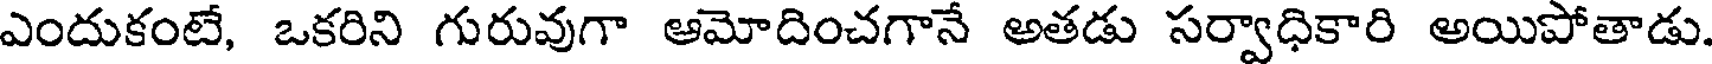
ఎందుకంటే, ఒకరిని గురువుగా ఆమోదించగానే అతడు సర్వాధికారి అయిపోతాడు